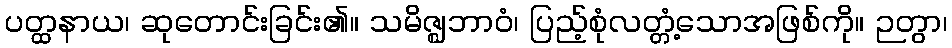
ပတ္ထနာယ၊ ဆုတောင်းခြင်း၏။ သမိဇ္ဈဘာဝံ၊ ပြည့်စုံလတ္တံ့သောအဖြစ်ကို။ ဉတွာ၊